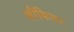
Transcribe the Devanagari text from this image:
लौकिया